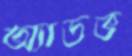
অ্যাডভ